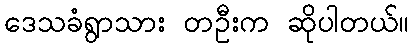
ဒေသခံရွာသား တဦးက ဆိုပါတယ်။